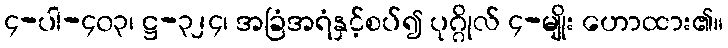
၄-ပါ-၄၀၃၊ ဋ္ဌ-၃၂၄၊ အခြံအရံနှင့်စပ်၍ ပုဂ္ဂိုလ် ၄-မျိုး ဟောထား၏။